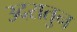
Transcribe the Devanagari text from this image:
उदरातुन